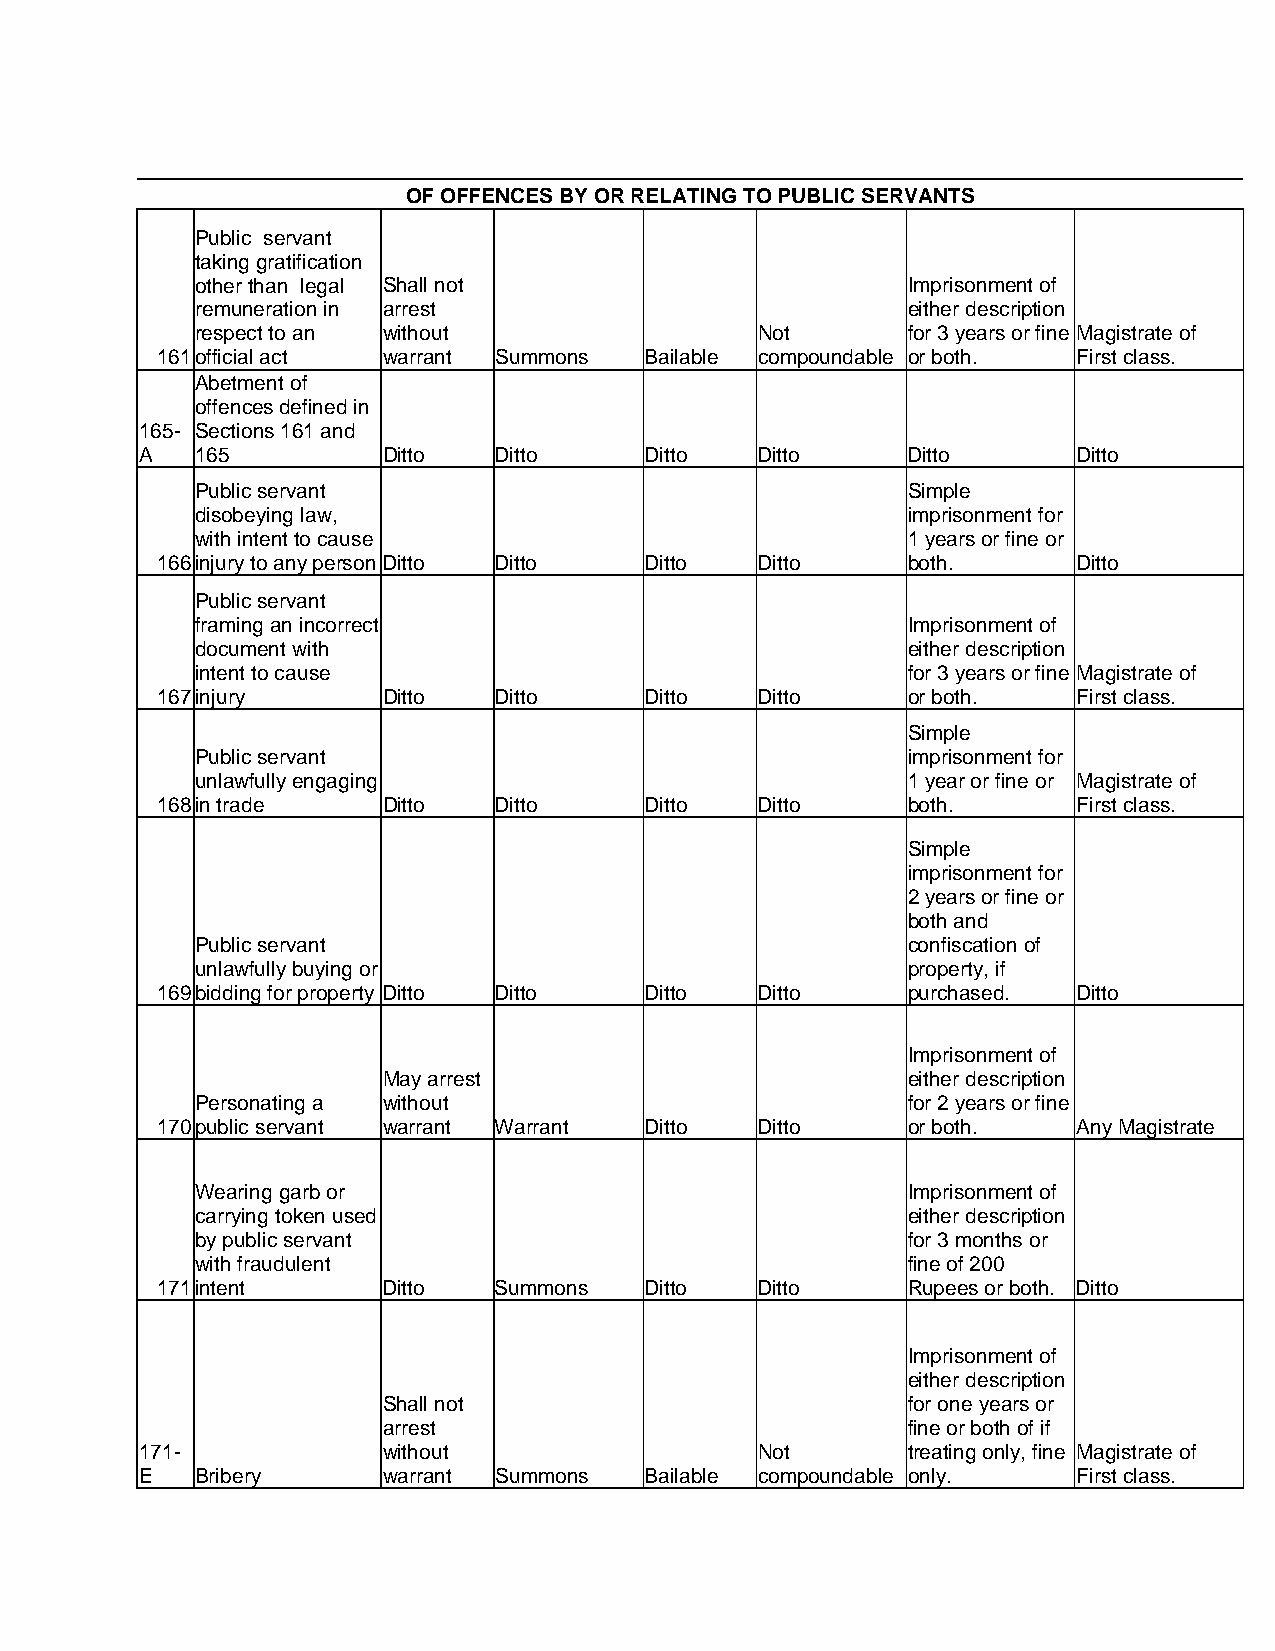
OF OFFENCES BY OR RELATING TO PUBLIC SERVANTS
 Public servant
 taking gratification
 other than legal Shall not                     Imprisonment of
 remuneration in arrest                         either description
 respect to an without                Not       for 3 years or fine Magistrate of
 161 official act warrant Summons Bailable compoundable or both. First class.
 Abetment of
 offences defined in
 165- Sections 161 and
 A   165         Ditto   Ditto     Ditto  Ditto     Ditto      Ditto
 Public servant                                 Simple
 disobeying law,                                imprisonment for
 with intent to cause                           1 years or fine or
 166 injury to any person Ditto Ditto Ditto Ditto  both.      Ditto
 Public servant
 framing an incorrect                           Imprisonment of
 document with                                  either description
 intent to cause                                for 3 years or fine Magistrate of
 167 injury     Ditto   Ditto     Ditto  Ditto     or both.   First class.
 Simple
 Public servant                                 imprisonment for
 unlawfully engaging                            1 year or fine or Magistrate of
 168 in trade   Ditto   Ditto     Ditto  Ditto     both.      First class.
 Simple
 imprisonment for
 2 years or fine or
 both and
 Public servant                                 confiscation of
 unlawfully buying or                           property, if
 169 bidding for property Ditto Ditto Ditto Ditto  purchased. Ditto
 Imprisonment of
 May arrest                         either description
 Personating a without                          for 2 years or fine
 170 public servant warrant Warrant Ditto Ditto    or both.   Any Magistrate
 Wearing garb or                                Imprisonment of
 carrying token used                            either description
 by public servant                              for 3 months or
 with fraudulent                                fine of 200
 171 intent     Ditto   Summons   Ditto  Ditto     Rupees or both. Ditto
 Imprisonment of
 either description
 Shall not                          for one years or
 arrest                             fine or both of if
 171-            without                  Not       treating only, fine Magistrate of
 E   Bribery     warrant Summons   Bailable compoundable only. First class.